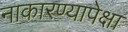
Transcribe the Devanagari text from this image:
नाकारण्यापेक्षा